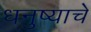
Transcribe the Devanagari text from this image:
धनुष्याचे